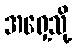
အရှေ့သို့